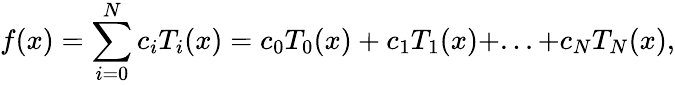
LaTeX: f(x)=\sum_{i=0}^{N}c_{i}T_{i}(x)=c_{0}T_{0}(x)+c_{1}T_{1}(x)+...+c_{N}T_{N}(x),